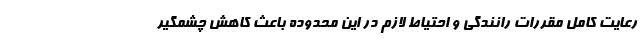
رعایت کامل مقررات رانندگی و احتیاط لازم در این محدوده باعث کاهش چشمگیر